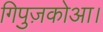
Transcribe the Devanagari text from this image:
गिपुज़कोआ।